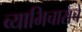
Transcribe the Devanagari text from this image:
व्याभिचाराचे